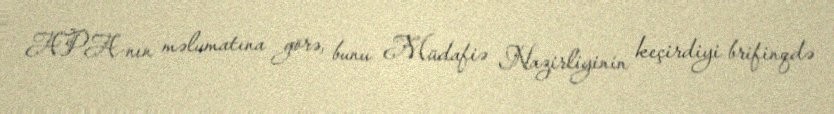
APA-nın məlumatına görə, bunu Müdafiə Nazirliyinin keçirdiyi brifinqdə